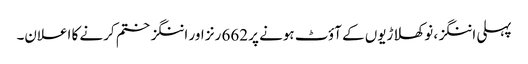
پہلی اننگز، نو کھلاڑیوں کے آؤٹ ہونے پر 662 رنز اور اننگز ختم کرنے کا اعلان۔